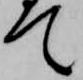
て